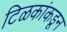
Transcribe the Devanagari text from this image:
टिळकांकडून